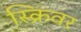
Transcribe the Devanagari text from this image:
स्क्रिवर